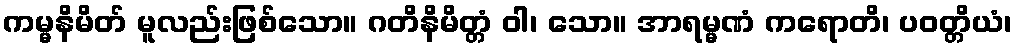
ကမ္မနိမိတ် မူလည်းဖြစ်သော။ ဂတိနိမိတ္တံ ဝါ၊ သော။ အာရမ္မဏံ ကရောတိ၊ ပဝတ္တိယံ၊